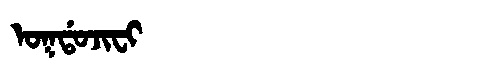
Manchu: ᠣᡴᡩᠣᠵᡳᠸᡳ
Romanization: OKDOJIFI